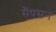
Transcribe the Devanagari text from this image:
सैंपसन